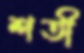
শতী